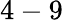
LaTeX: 4-9